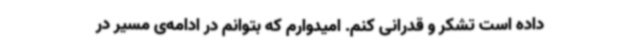
داده است تشکر و قدرانی کنم. امیدوارم که بتوانم در ادامه‌ی مسیر در